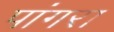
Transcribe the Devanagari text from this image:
पांगरा